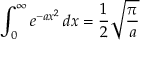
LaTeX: \int _ { 0 } ^ { \infty } e ^ { - a x ^ { 2 } } \, d x = { \frac { 1 } { 2 } } { \sqrt { \frac { \pi } { a } } }